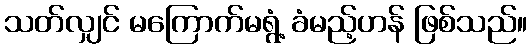
သတ်လျှင် မကြောက်မရွံ့ ခံမည့်ဟန် ဖြစ်သည်။